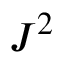
J ^ { 2 }